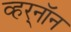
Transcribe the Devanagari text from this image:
व्हर्‌नॉन